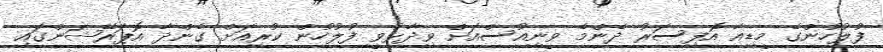
ފުލުހުންގެ މީޑިއާ އޮފިސަރު ދެންމެ ވީނިއުސްއަށް ވިދާޅުވީ ފުލުހުން ކުރިއަށް ގެންދާ އޮޕަރޭޝަންގައި